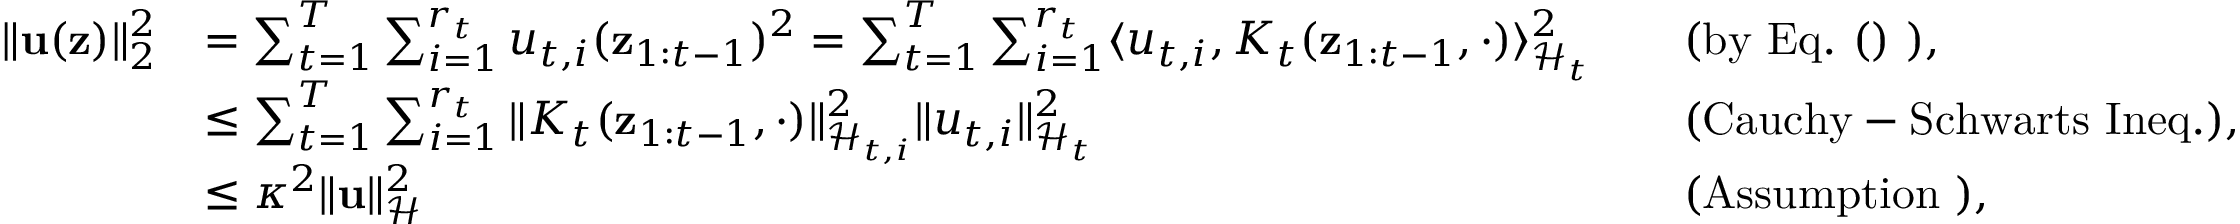
\begin{array} { r l r l } { \| { \bf u } ( { \bf z } ) \| _ { 2 } ^ { 2 } } & { = \sum _ { t = 1 } ^ { T } \sum _ { i = 1 } ^ { r _ { t } } u _ { t , i } ( { \bf z } _ { 1 : t - 1 } ) ^ { 2 } = \sum _ { t = 1 } ^ { T } \sum _ { i = 1 } ^ { r _ { t } } \langle u _ { t , i } , K _ { t } ( { \bf z } _ { 1 : t - 1 } , \cdot ) \rangle _ { \mathcal { H } _ { t } } ^ { 2 } } & & { \mathrm { ( b y ~ E q . ~ ( ) ~ ) , } } \\ & { \leq \sum _ { t = 1 } ^ { T } \sum _ { i = 1 } ^ { r _ { t } } \| K _ { t } ( { \bf z } _ { 1 : t - 1 } , \cdot ) \| _ { \mathcal { H } _ { t , i } } ^ { 2 } \| u _ { t , i } \| _ { \mathcal { H } _ { t } } ^ { 2 } } & & { \mathrm { ( C a u c h y - S c h w a r t s ~ I n e q . ) , } } \\ & { \leq \kappa ^ { 2 } \| { \bf u } \| _ { \mathcal { H } } ^ { 2 } } & & { \mathrm { ( A s s u m p t i o n ~ ) } , } \end{array}